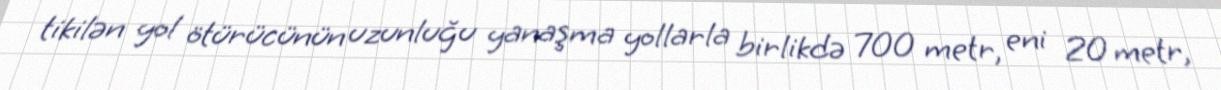
tikilən yol ötürücünün uzunluğu yanaşma yollarla birlikdə 700 metr, eni 20 metr,